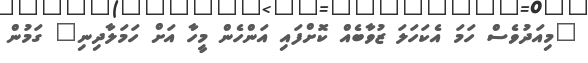
"މިއަދުވެސް ހަމަ އެކަހަލަ ޒުވާބެއް ކޮށްފައި އަންހެން މީހާ އަށް ހަމަލާދިނި" ގަމުން